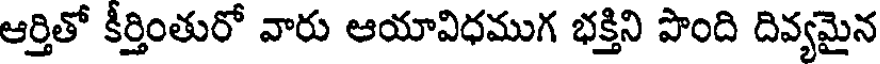
ఆర్తితో కీర్తింతురో వారు ఆయావిధముగ భక్తిని పొంది దివ్యమైన